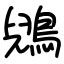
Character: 鶂